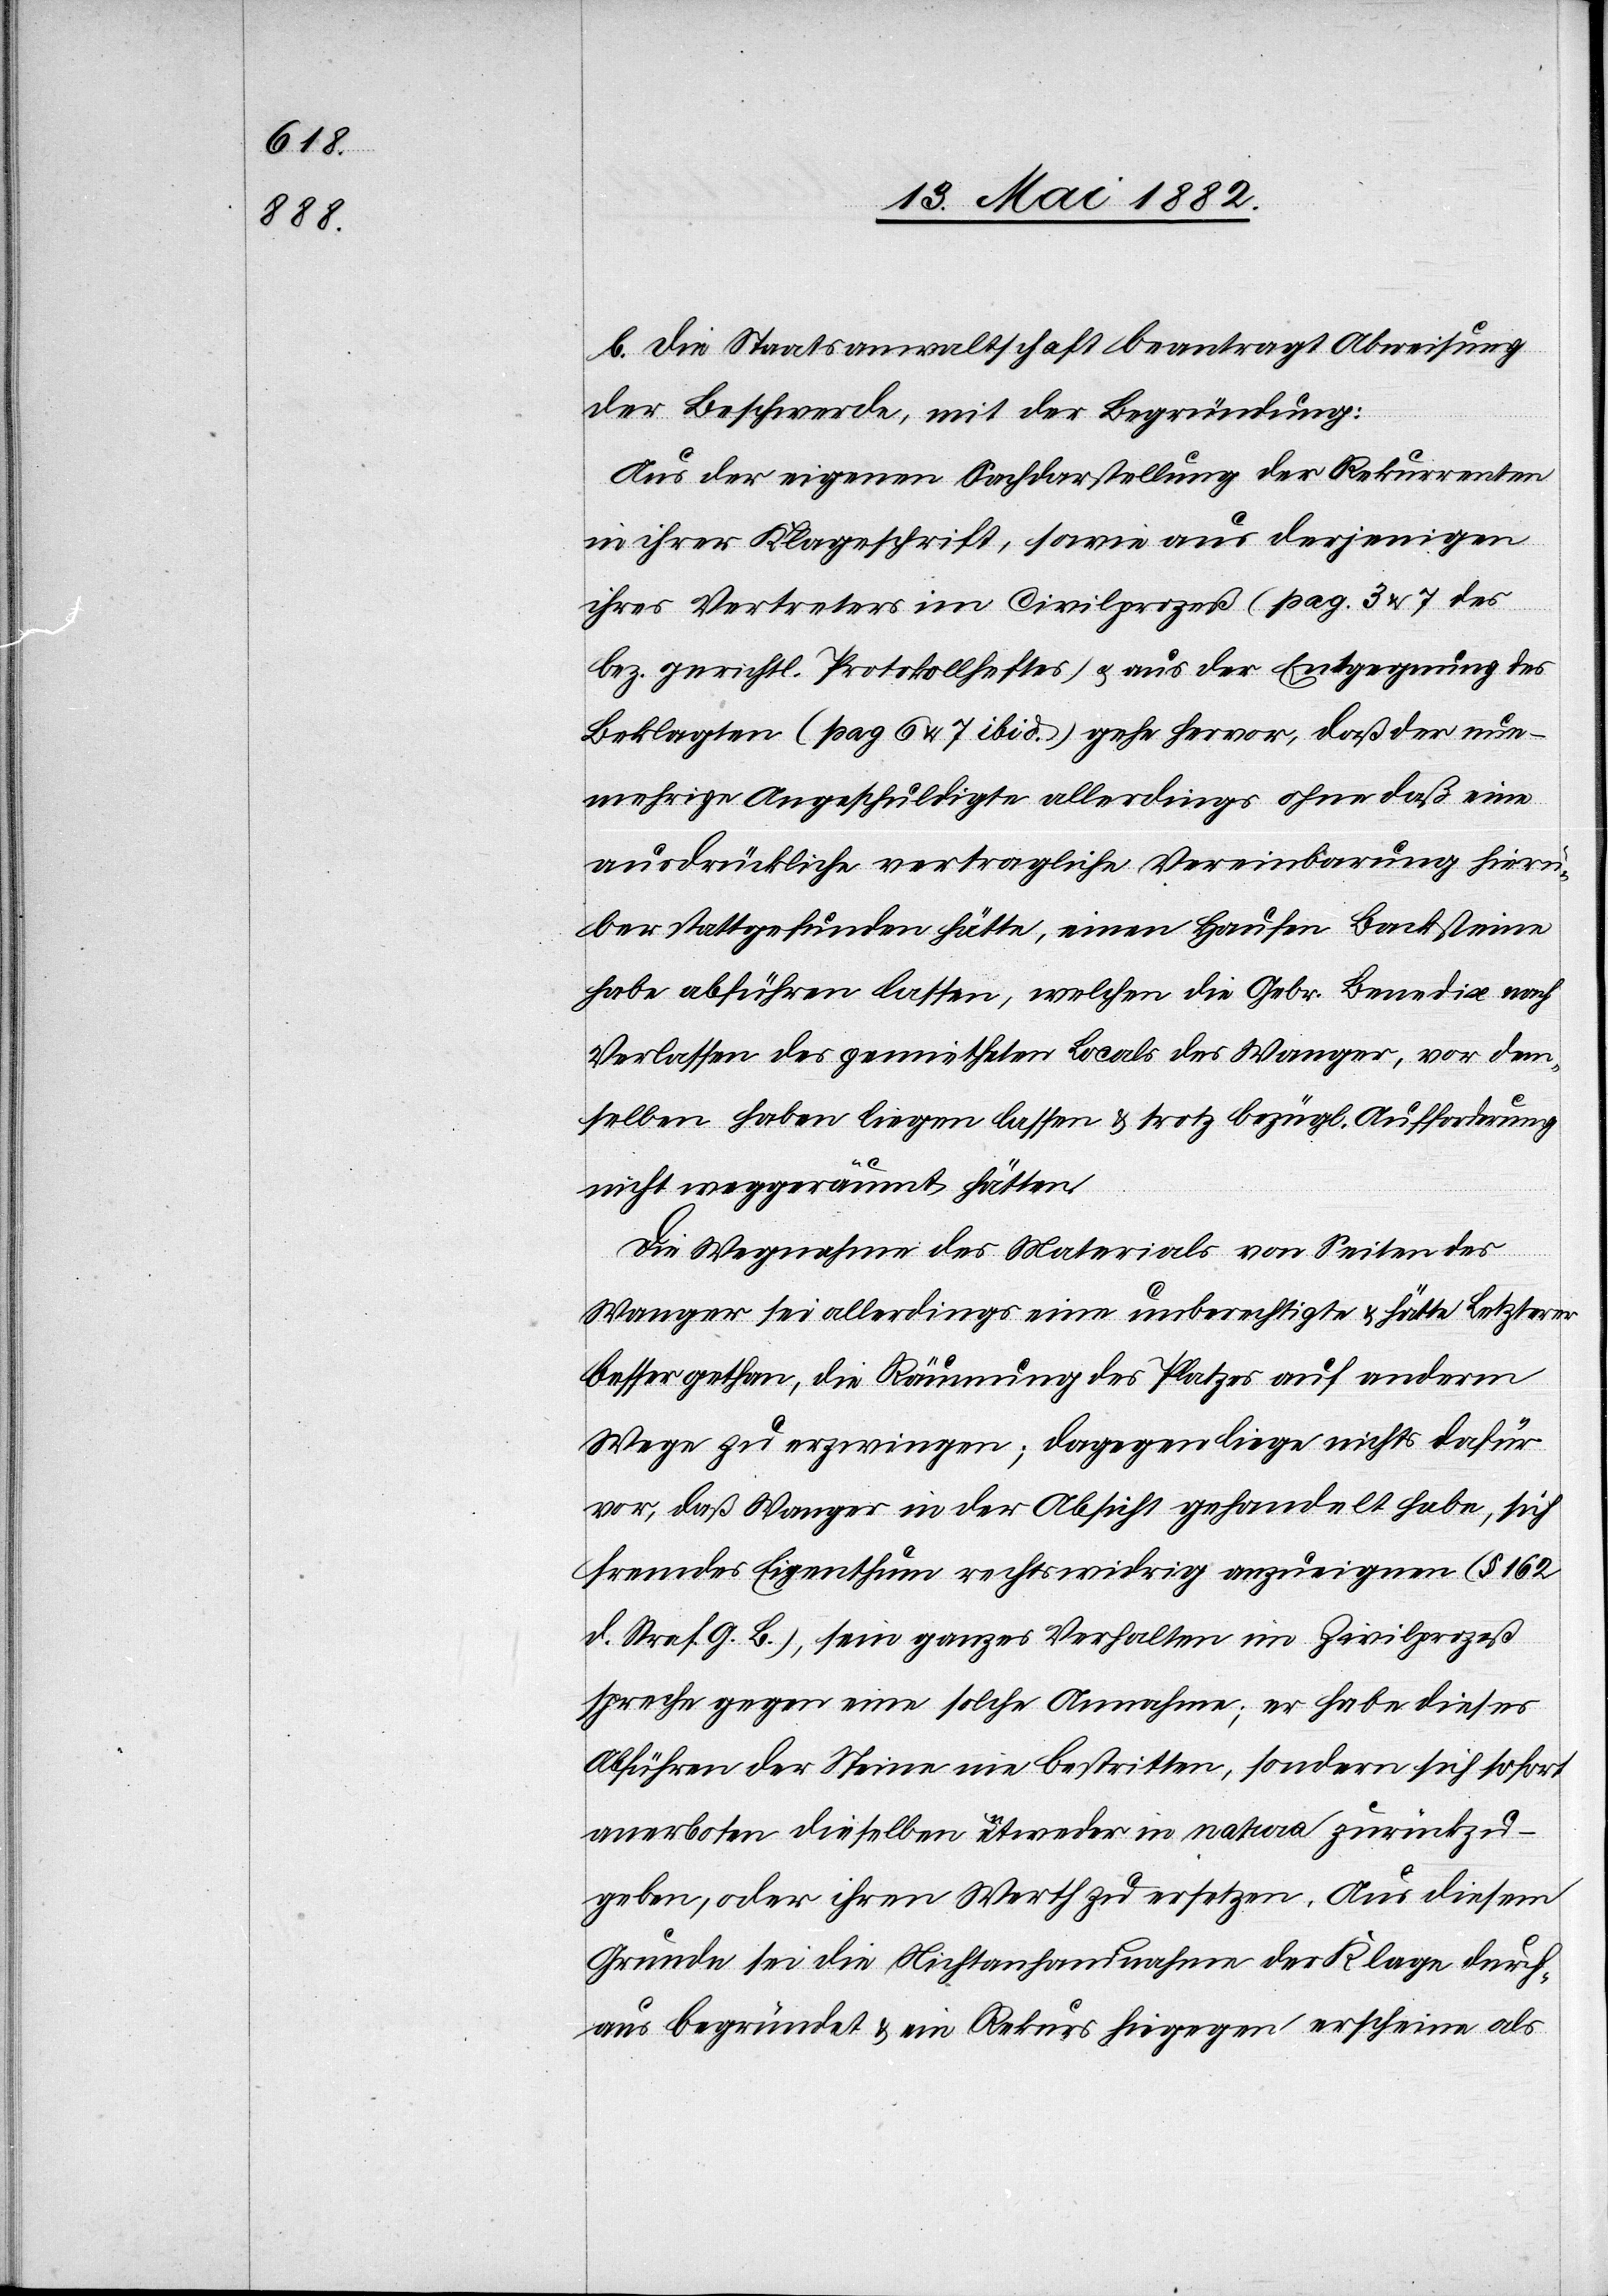
b. Die Staatsanwaltschaft beantragt Abweisung
der Beschwerde, mit der Begründung:
Aus der eigenen Sachdarstellung der Rekurrenten
in ihrer Klageschrift, sowie aus derjenigen
ihres Vertreters im Civilprozeß (pag. 3 & 7 des
bez. gerichtl. Protokollheftes) u. aus der Entgegnung des
Beklagten (pag. 6 & 7 ibid.) gehe hervor, daß der nun¬
mehrige Angeschuldigte allerdings ohne daß eine
ausdrückliche vertragliche Vereinbarung hierü¬
ber stattgefunden hätte, einen Haufen Backsteine
habe abführen lassen, welchen die Gebr. Benedix nach
Verlassen des gemietheten Locals des Wagner, vor dem¬
selben haben liegen lassen & trotz bezügl. Aufforderung
nicht weggeräumt hätten.
Die Wegnahme des Materials von Seiten des
Wagner sei allerdings eine unberechtigte & hätte Letzterer
besser gethan, die Räumung des Platzes auf anderm
Wege zu erzwingen; dagegen liege nichts dafür
vor, daß Wagner in der Absicht gehandelt habe, sich
fremdes Eigenthum rechtswidrig anzueignen (§ 162
d. Straf. G. B.), sein ganzes Verhalten im Zivilprozeß
spreche gegen eine solche Annahme; er habe dieses
Abführen der Steine nie bestritten, sondern sich sofort
anerboten dieselben entweder in natura zurückzu¬
geben, oder ihren Werth zu ersetzen. Aus diesem
Grunde sei die Nichtanhandnahme der Klage durch¬
aus begründet & ein Rekurs hiegegen erscheine als